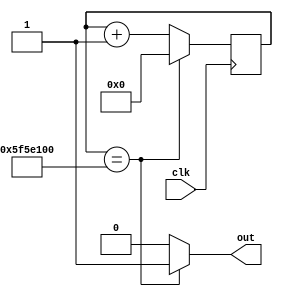
`timescale 1ns / 1ps
//////////////////////////////////////////////////////////////////////////////////
// Company: 
// Engineer: 
// 
// Design Name: 
// Module Name: cntr1
// Project Name: 
// Target Devices: 
// Tool Versions: 
// Description: 
// 
// Dependencies: 
// 
// Revision:
// Revision 0.01 - File Created
// Additional Comments:
// 
//////////////////////////////////////////////////////////////////////////////////




module cntr1(input wire clk ,output wire out);
// signal declaration
reg [31:0] r_reg;
wire [31:0] r_next;
// Register
always @ (posedge clk)
r_reg <= r_next;

//next state logic
assign r_next = (r_reg == 100000000) ? 0 : r_reg +1; // output logic

assign out = ( r_reg == 100000000) ? 1'b1 : 1'b0; 
endmodule